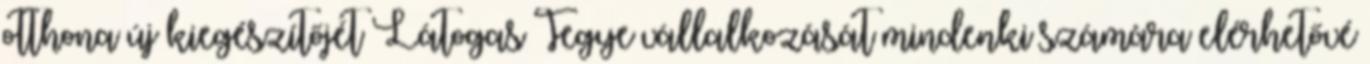
otthona új kiegészítőjét Látogas Tegye vállalkozását mindenki számára elérhetővé